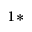
^ { 1 \ast }